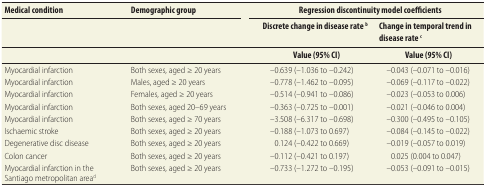
| <ROWSPAN=3> Medical condition | <ROWSPAN=3> Demographic group | <COLSPAN=3> Regression discontinuity model coefficients |
 | Discrete change in disease rate b | <ROWSPAN=2>  | Change in temporal trend in disease rate c |
 | Value (95% CI) | Value (95% CI) |
 | --- | --- | --- | --- | --- |
 | Myocardial infarction | Both sexes, aged ≥ 20 years | –0.639 (–1.036 to –0.242) |  | –0.043 (–0.071 to –0.016) |
 | Myocardial infarction | Males, aged ≥ 20 years | –0.778 (–1.462 to –0.095) |  | –0.069 (–0.117 to –0.022) |
 | Myocardial infarction | Females, aged ≥ 20 years | –0.514 (–0.941 to –0.086) |  | –0.023 (–0.053 to 0.006) |
 | Myocardial infarction | Both sexes, aged 20–69 years | –0.363 (–0.725 to –0.001) |  | –0.021 (–0.046 to 0.004) |
 | Myocardial infarction | Both sexes, aged ≥ 70 years | –3.508 (–6.317 to –0.698) |  | –0.300 (–0.495 to –0.105) |
 | Ischaemic stroke | Both sexes, aged ≥ 20 years | –0.188 (–1.073 to 0.697) |  | –0.084 (–0.145 to –0.022) |
 | Degenerative disc disease | Both sexes, aged ≥ 20 years | 0.124 (–0.422 to 0.669) |  | –0.019 (–0.057 to 0.019) |
 | Colon cancer | Both sexes, aged ≥ 20 years | –0.112 (–0.421 to 0.197) |  | 0.025 (0.004 to 0.047) |
 | Myocardial infarction in the Santiago metropolitan aread | Both sexes, aged ≥ 20 years | –0.733 (–1.272 to –0.195) |  | –0.053 (–0.091 to –0.015) |